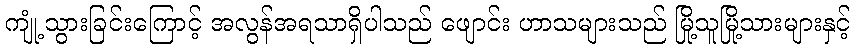
ကျုံ့သွားခြင်းကြောင့် အလွန်အရသာရှိပါသည် ဖျောင်း ဟာသများသည် မြို့သူမြို့သားများနှင့်